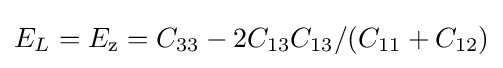
E_{L}=E_{\rm {z}}=C_{33}-2C_{13}C_{13}/(C_{11}+C_{12})